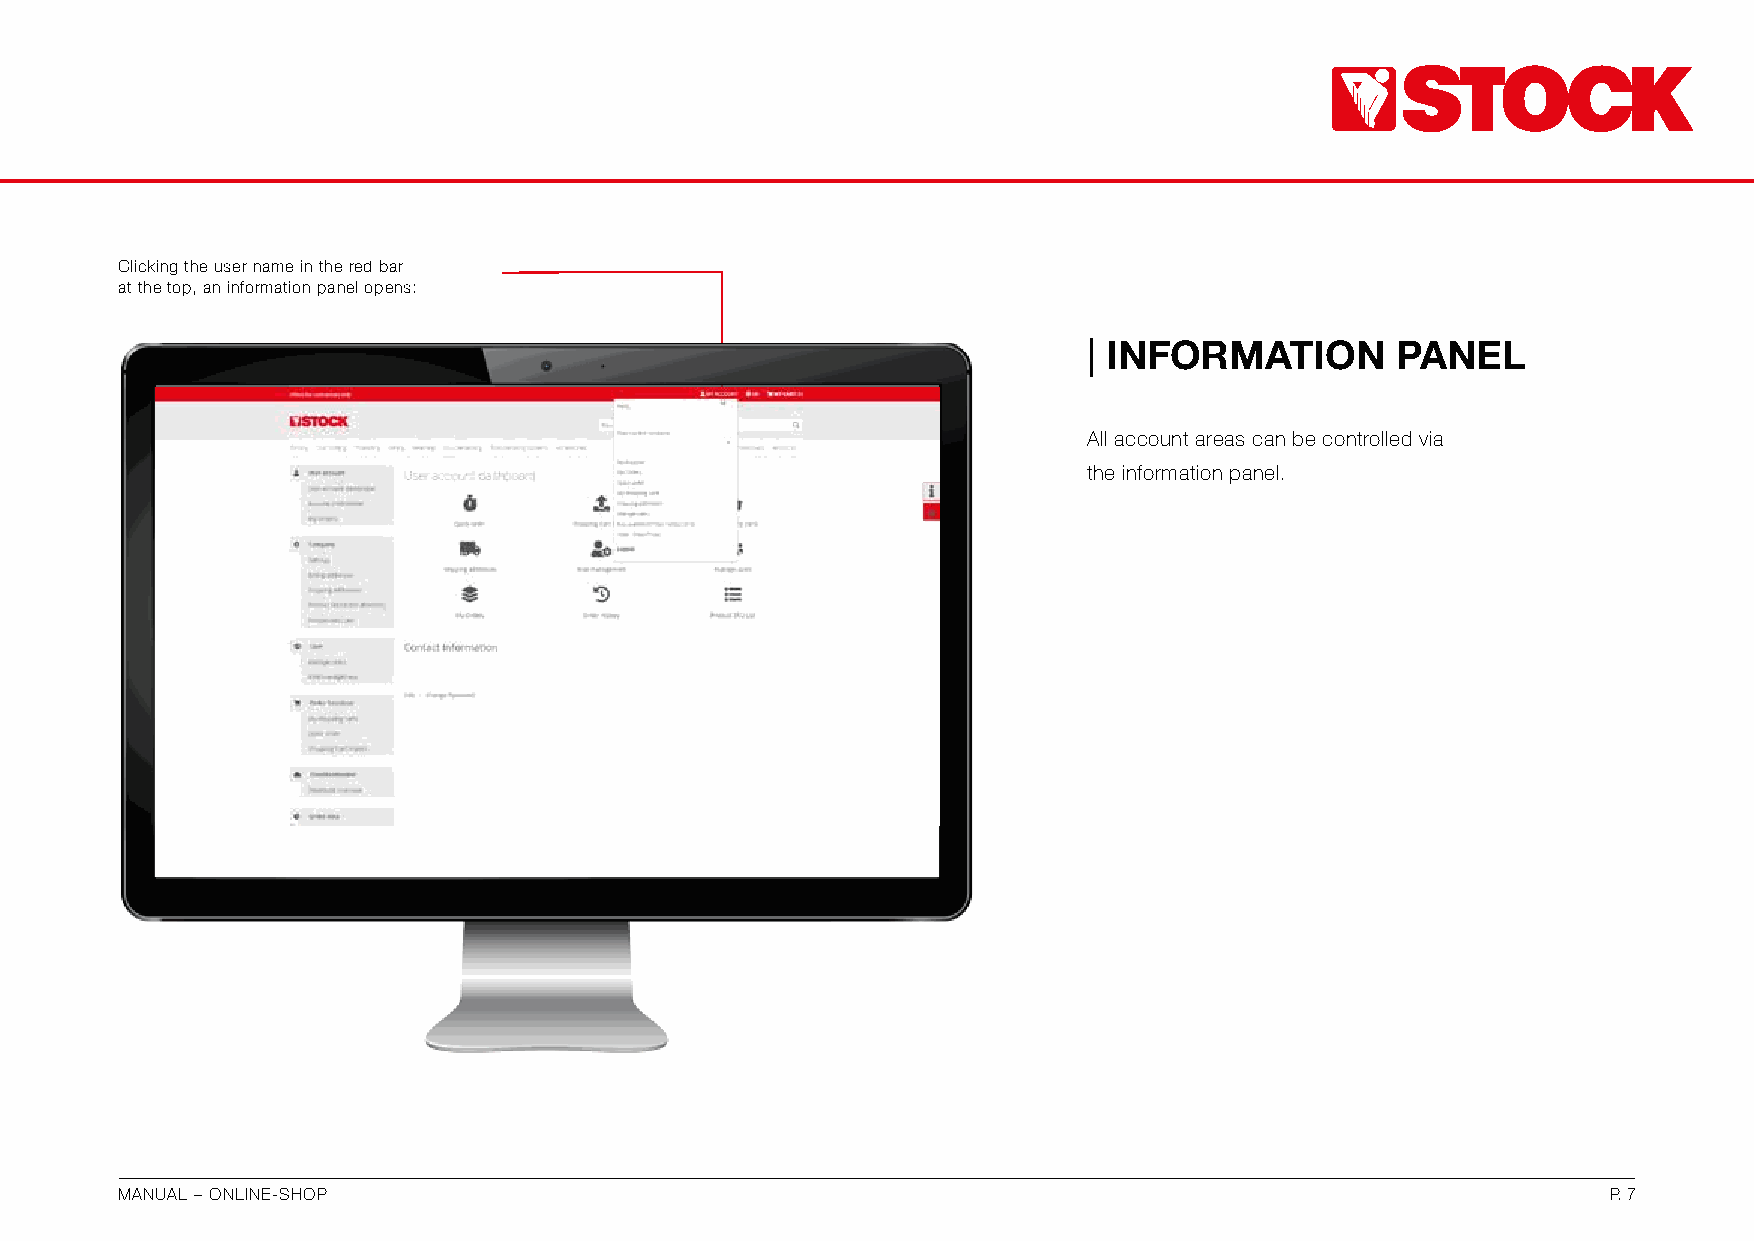
Clicking the user name in the red bar
 at the top, an information panel opens:
 | INFORMATION       PANEL
 All account areas can be controlled via
 the information panel.
 MANUAL – ONLINE-SHOP                                                                               P. 7